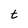
Character: t